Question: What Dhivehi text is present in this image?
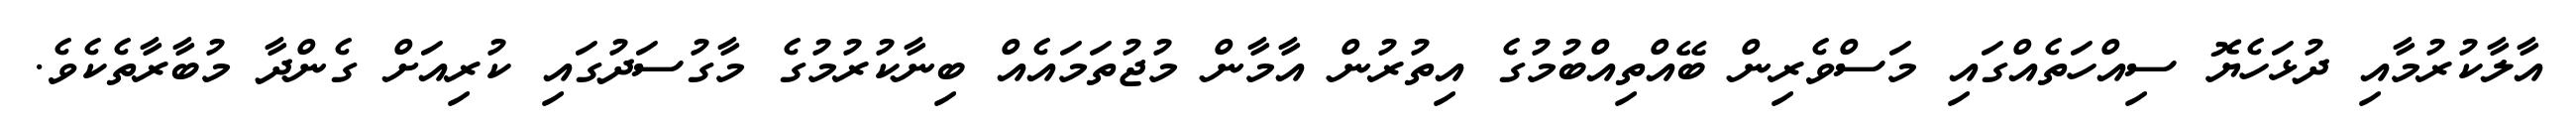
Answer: އާލާކުރުމާއި ދުޅަހެޔޮ ސިއްހަތެއްގައި މަސްވެރިން ބޭއްތިއްބުމުގެ އިތުރުން އާމާން މުޖުތަމައެއް ބިނާކުރުމުގެ މާގުސަދުގައި ކުރިއަށް ގެންދާ މުބާރާތެކެވެ.